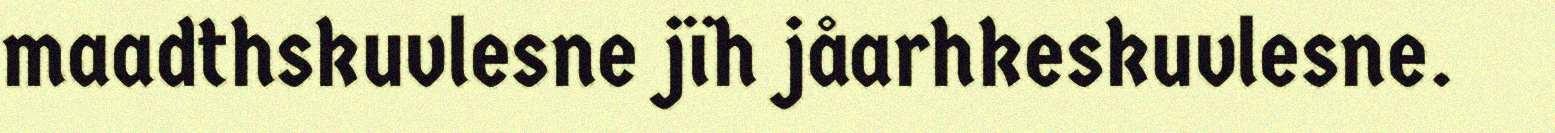
maadthskuvlesne jïh jåarhkeskuvlesne.